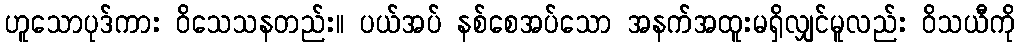
ဟူသောပုဒ်ကား ဝိသေသနတည်း။ ပယ်အပ် နစ်စေအပ်သော အနက်အထူးမရှိလျှင်မူလည်း ဝိသယီကို